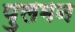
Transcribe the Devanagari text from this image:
पुलमन